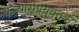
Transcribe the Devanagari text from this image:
कन्यासंप्रयु्क्तक